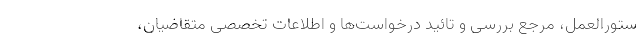
ستورالعمل، مرجع بررسی و تائید درخواست‌ها و اطلاعات تخصصی متقاضیان،